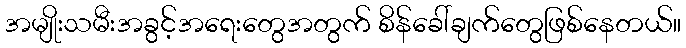
အမျိုးသမီးအခွင့်အရေးတွေအတွက် စိန်ခေါ်ချက်တွေဖြစ်နေတယ်။